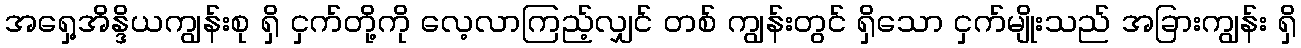
အရှေ့အိန္ဒိယကျွန်းစု ရှိ ငှက်တို့ကို လေ့လာကြည့်လျှင် တစ် ကျွန်းတွင် ရှိသော ငှက်မျိုးသည် အခြားကျွန်း ရှိ